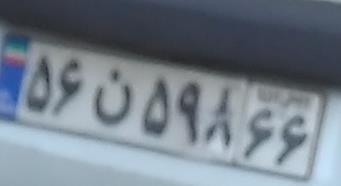
۵۶ن۵۹۸۶۶